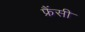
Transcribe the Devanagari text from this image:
फ्रैंसी